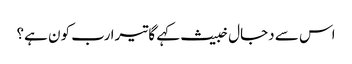
اس سے دجال خبیث کہے گا تیرا رب کون ہے؟